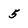
Character: 5